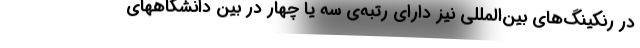
در رنکینگ‌های بین‌المللی نیز دارای رتبه‌ی سه یا چهار در بین دانشگاههای